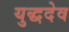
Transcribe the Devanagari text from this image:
युद्धदेव